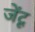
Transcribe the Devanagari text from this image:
जेंटू